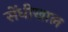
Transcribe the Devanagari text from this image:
सेंधीखाल